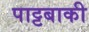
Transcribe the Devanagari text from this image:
पाट्टबाकी